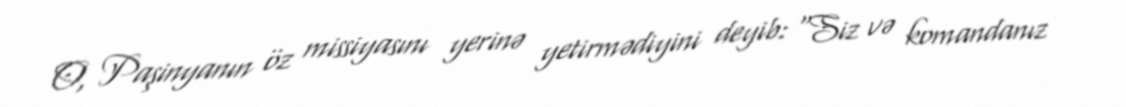
O, Paşinyanın öz missiyasını yerinə yetirmədiyini deyib: “Siz və komandanız